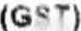
(GST)